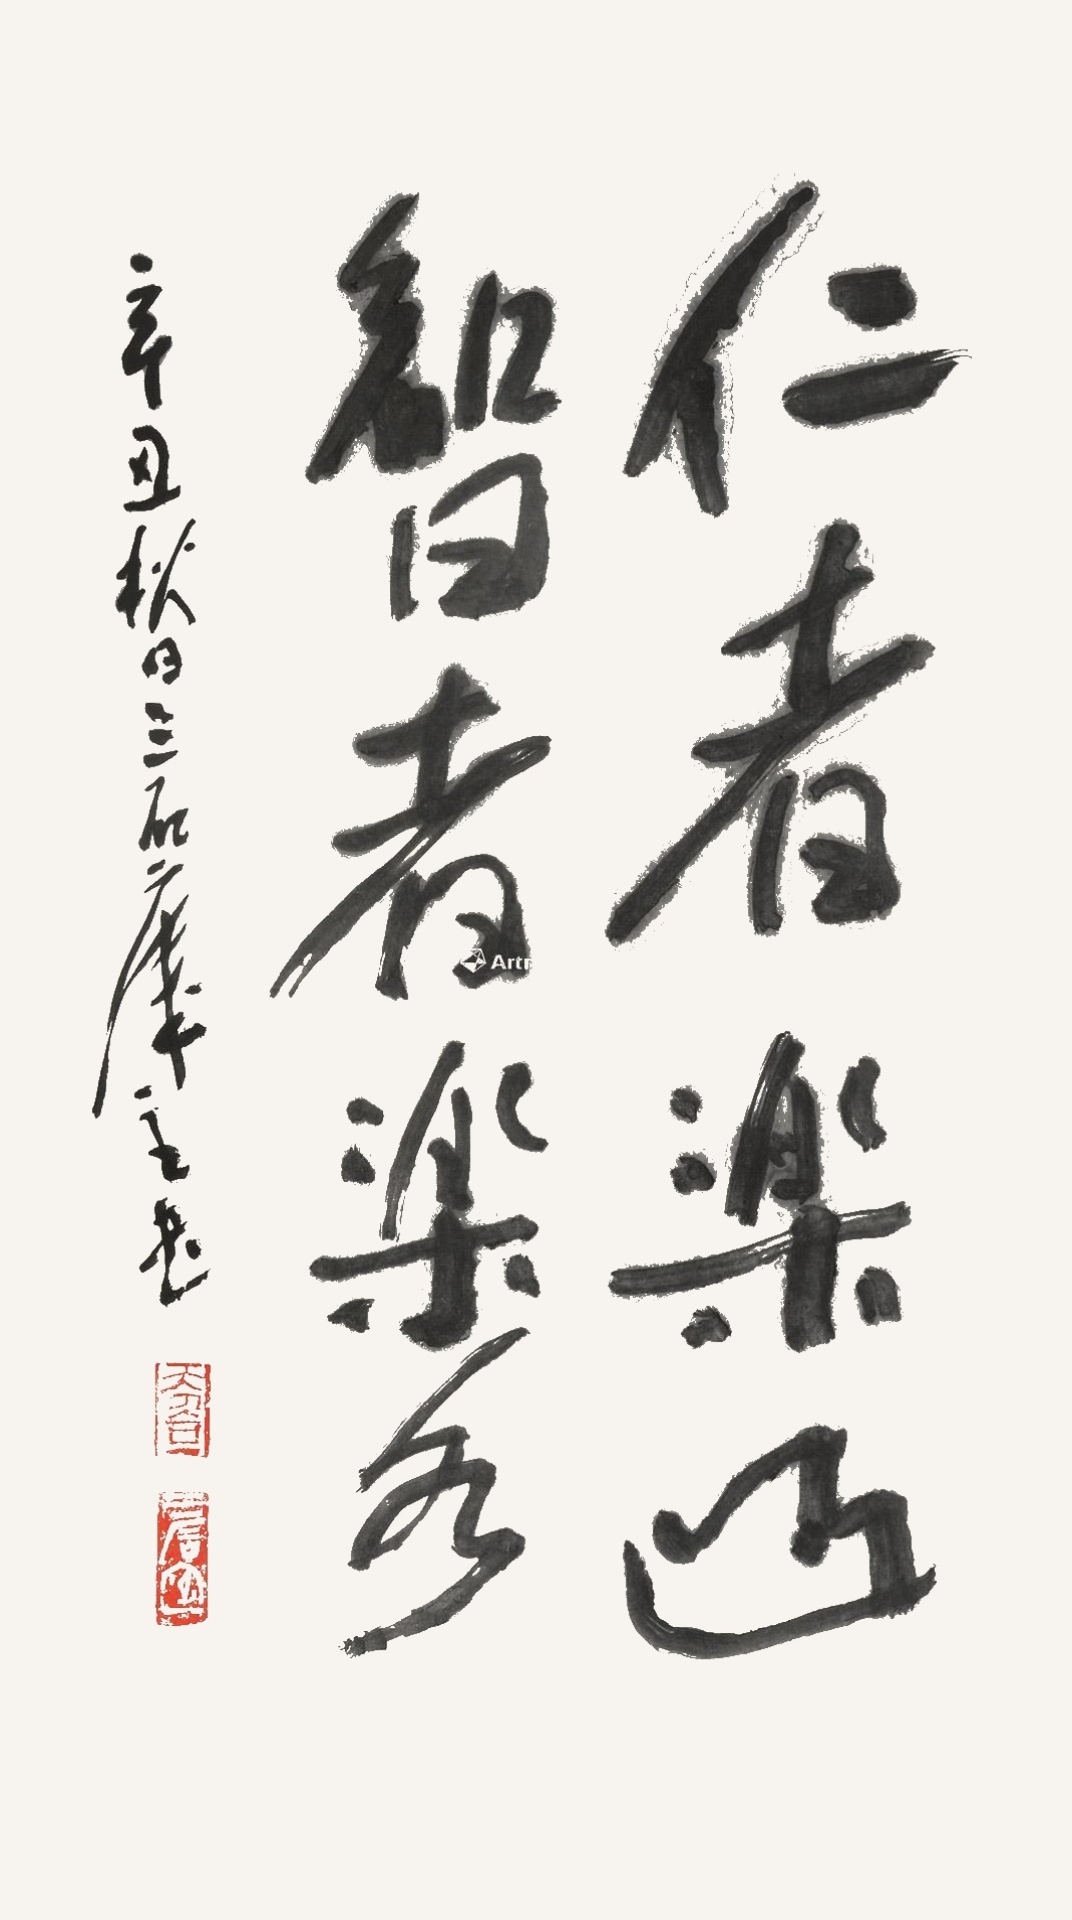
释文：仁者乐山，智者乐水。辛丑秋日三石楼主书。